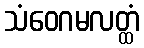
သံဝေဂမလတ္ထံ